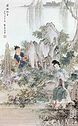
泪滴千千万万行，更使人愁肠断。